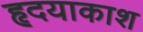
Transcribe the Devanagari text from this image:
हृदयाकाश